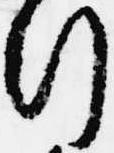
行